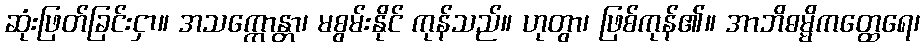
ဆုံးဖြတ်ခြင်းငှာ။ အသက္ကောန္တာ၊ မစွမ်းနိုင် ကုန်သည်။ ဟုတွာ၊ ဖြစ်ကုန်၏။ အာဘိဓမ္မိကတ္ထေရေ၊